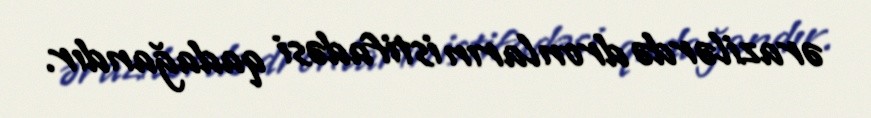
ərazilərdə dronların istifadəsi qadağandır.